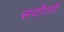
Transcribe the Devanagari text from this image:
सर्वोतरी